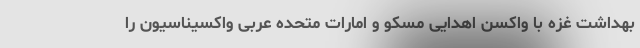
بهداشت غزه با واکسن اهدایی مسکو و امارات متحده عربی واکسیناسیون را